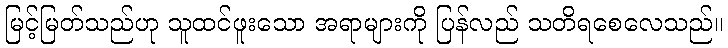
မြင့်မြတ်သည်ဟု သူထင်ဖူးသော အရာများကို ပြန်လည် သတိရစေလေသည်။